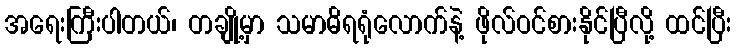
အရေးကြီးပါတယ်၊ တချို့မှာ သမာဓိရရုံလောက်နဲ့ ဖိုလ်ဝင်စားနိုင်ပြီလို့ ထင်ပြီး